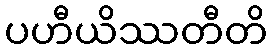
ပဟီယိဿတီတိ